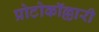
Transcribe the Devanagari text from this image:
प्रोटोकॉल्लारी